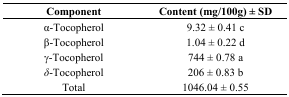
<table><thead><tr><td><b>Component</b></td><td><b>Content (mg/100g) ± SD</b></td></tr></thead><tbody><tr><td>α-Tocopherol</td><td>9.32 ± 0.41 c</td></tr><tr><td>β-Tocopherol</td><td>1.04 ± 0.22 d</td></tr><tr><td>γ-Tocopherol</td><td>744 ± 0.78 a</td></tr><tr><td><i>δ</i>-Tocopherol</td><td>206 ± 0.83 b</td></tr><tr><td>Total</td><td>1046.04 ± 0.55</td></tr></tbody></table>